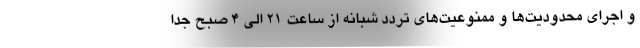
و اجرای محدودیت‌ها و ممنوعیت‌های تردد شبانه از ساعت ۲۱ الی ۴ صبح جدا